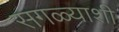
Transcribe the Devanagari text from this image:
सगळ्याशी